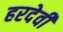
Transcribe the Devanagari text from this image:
हरदेवी